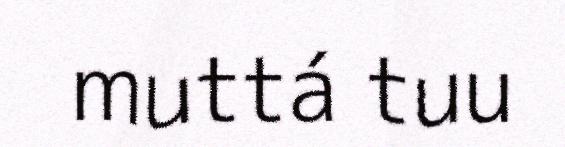
muttá tuu